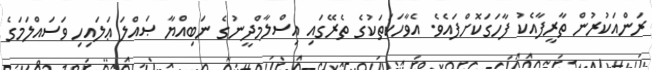
ރަންއަކުރުން ތާރީފާއެކު ފާހަގަކޮށްފައެވެ. އެވާހަކަތަކުގެ ތެރޭގައި އިސްލާމްދީނުގެ ނަބިއްޔާ ޞައްލަ ޢަލައިހި ވަސައްލަމަގެ